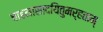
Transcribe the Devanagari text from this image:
चाहमासादयितुमर्हताम्‌